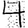
Digit: 4